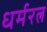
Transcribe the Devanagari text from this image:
धर्मरत्न